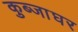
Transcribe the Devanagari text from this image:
कुब्जाघर